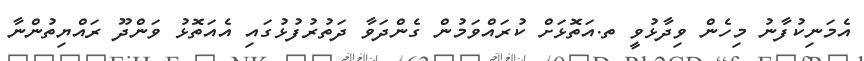
އެމަނިކުފާނު މިހެން ވިދާޅުވީ ތ.އަތޮޅަށް ކުރައްވަމުން ގެންދަވާ ދަތުރުފުޅުގައި އެއަތޮޅު ވަންދޫ ރައްޔިތުންނާ